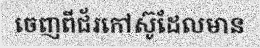
ចេញពីជ័រកៅស៊ូដែលមាន